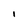
Character: l